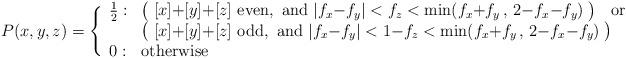
LaTeX: \begin{align*}P(x,y,z) = \Bigg\{ \begin{array}{ll} \frac{1}{2} : &\big(\; [x]{+}[y]{+}[z] {\rm~even,~and~} |f_x{-}f_y|<f_z<\min(f_x{+}f_y\,,\,2{-}f_x{-}f_y) \;\big)\;\;{\rm~or}\\ & \big(\; [x]{+}[y]{+}[z] {\rm~odd,~and~} |f_x{-}f_y|<1{-}f_z<\min(f_x{+}f_y\,,\,2{-}f_x{-}f_y) \;\big)\\ 0 : & {\rm otherwise} \end{array}\end{align*}